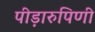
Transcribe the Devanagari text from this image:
पीड़ारुपिणी